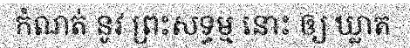
កំណត់ នូវ ព្រះសទ្ធម្ម នោះ ឲ្យ ឃ្លាត